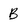
Character: B